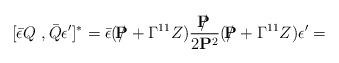
LaTeX: \begin{align*}[\bar \epsilon Q \ , \bar Q \epsilon' ]^* = \bar \epsilon ( / {\hskip - 0.27 cm {\bf P}} +\Gamma^{11} Z) { / {\hskip - 0.27 cm {\bf P}} \over 2 {\bf P}^2} ( / {\hskip - 0.27 cm {\bf P}} +\Gamma^{11} Z) \epsilon'=\end{align*}